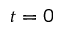
t = 0